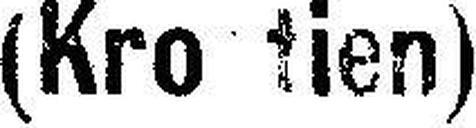
(Kro###tien)